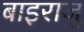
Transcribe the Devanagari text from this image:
बाइराजू